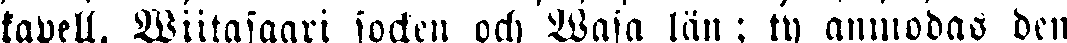
kapell, Wiitasaari socken och Wasa län ; ty anmodas den